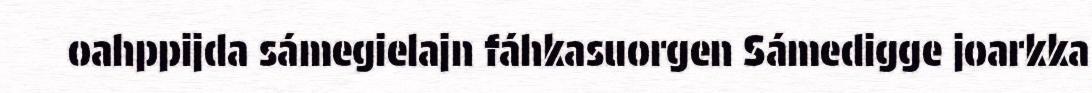
oahppijda sámegielajn fáhkasuorgen Sámedigge joarkka